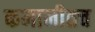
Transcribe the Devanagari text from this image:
कमानीतच